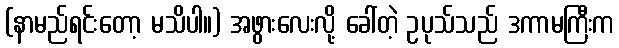
(နာမည်ရင်းတော့ မသိပါ။) အဖွားလေးလို့ ခေါ်တဲ့ ဥပုသ်သည် ဒကာမကြီးက